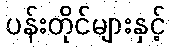
ပန်းတိုင်များနှင့်